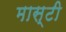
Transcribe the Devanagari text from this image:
मास्टी